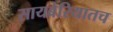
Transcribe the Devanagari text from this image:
सायबेरियातच